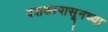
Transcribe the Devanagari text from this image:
दशकापासूनच्या